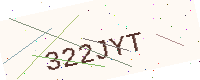
Text: 322JYT